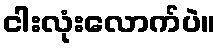
ငါးလုံးလောက်ပဲ။